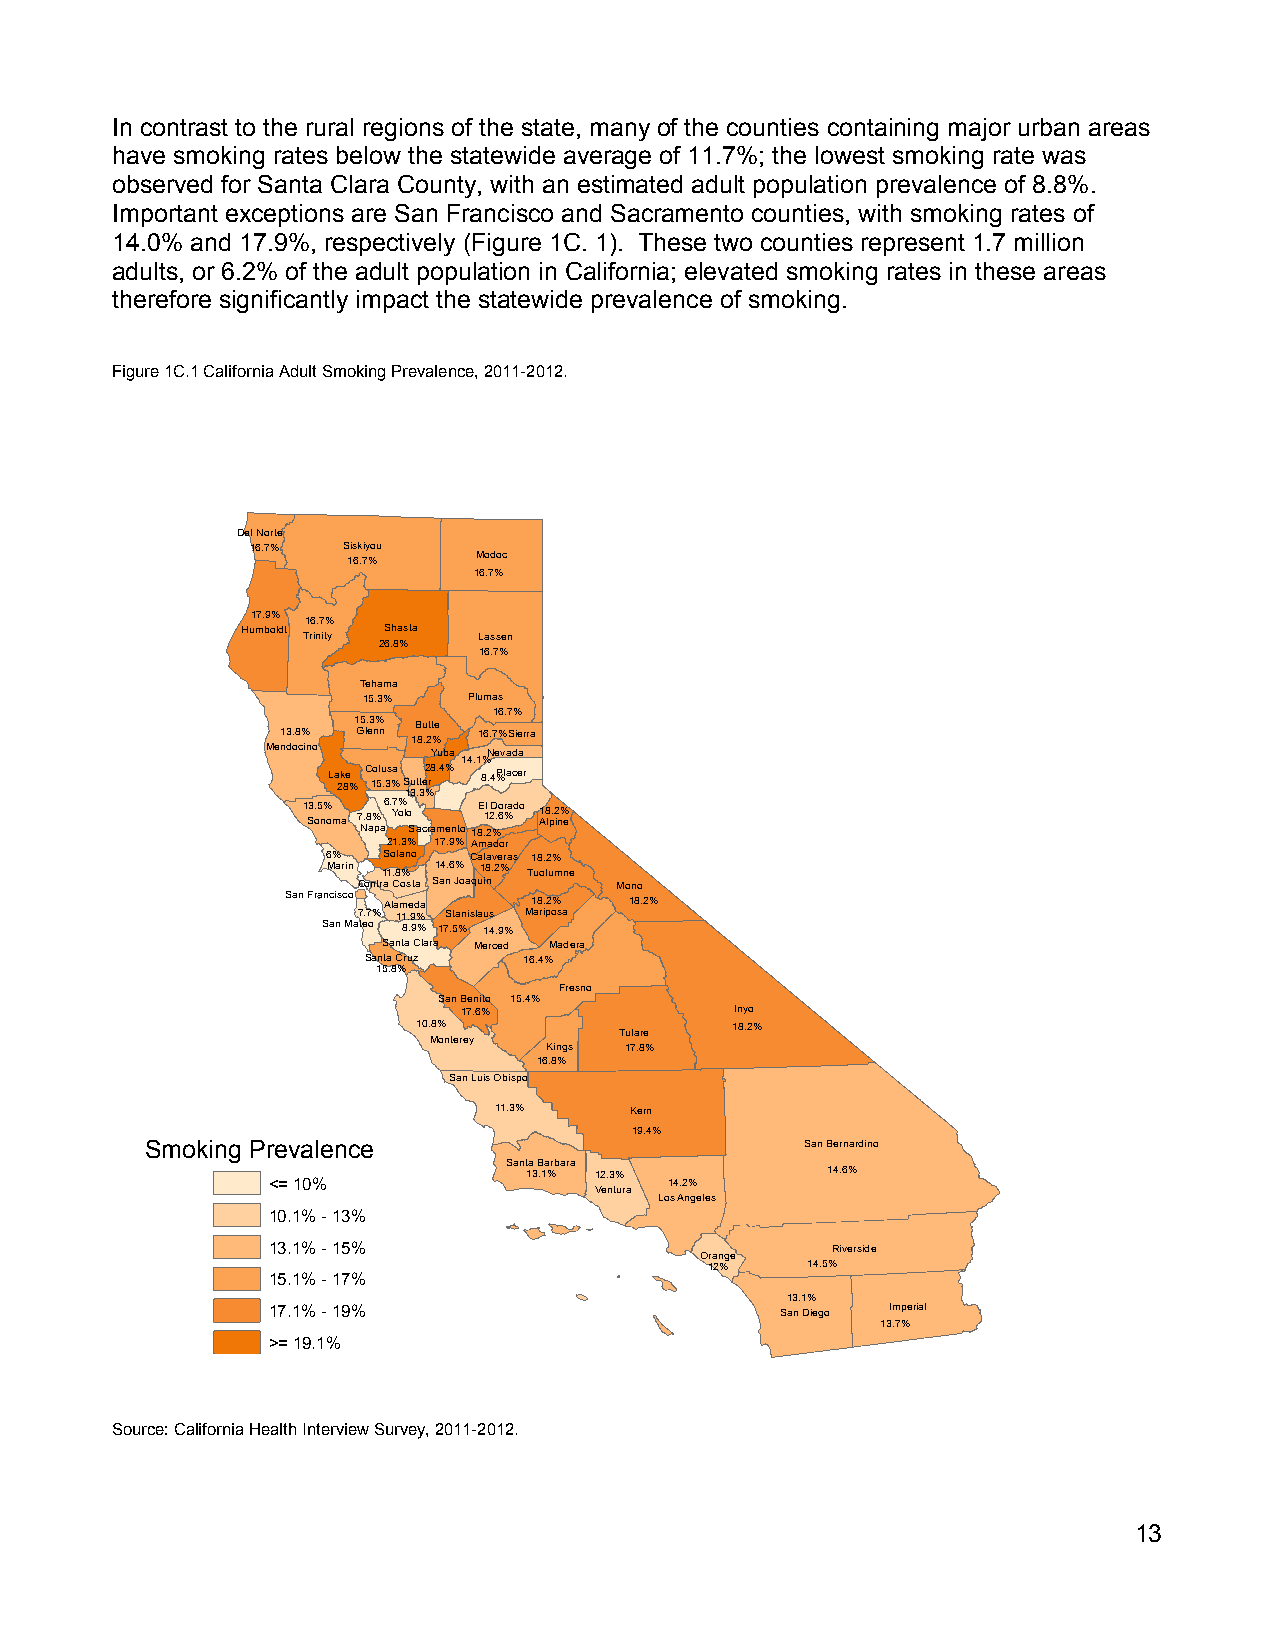
In contrast to the rural regions of the state, many of the counties containing major urban areas
 have smoking rates below the statewide average of 11.7%; the lowest smoking rate was
 observed for Santa Clara County, with an estimated adult population prevalence of 8.8%.
 Important exceptions are San Francisco and Sacramento counties, with smoking rates of
 14.0% and 17.9%, respectively (Figure 1C. 1). These two counties represent 1.7 million
 adults, or 6.2% of the adult population in California; elevated smoking rates in these areas
 therefore significantly impact the statewide prevalence of smoking.
 Figure 1C.1 California Adult Smoking Prevalence, 2011-2012.
 Del Norte
 16.7% Siskiyou
 16.7%   Modoc
 16.7%
 17.9% 16.7%
 Humboldt Trinity Shasta Lassen
 26.8%
 16.7%
 Tehama
 15.3%  Plumas
 16.7%
 15.3% Butte
 13.8% Glenn 18.2% 16.7%Sierra
 Mendocino  Yuba Nevada
 14.1%
 La 2k 8e
 %
 C 1o 5lu .3s %a
 S 1u 3t .t
 3e2 %r8.4% 8.4%Placer
 1 S3 o.5 n% oma 7 N.8 a% pa6. Y7 o% lo Sacramento18E .1l
 2
 2D %.o 6r %ado A18 lp.2 in% e
 21.3% 17.9% Amador
 6% Solano Calaveras 18.2%
 Marin 11.8% 14.6% 18.2% Tuolumne
 Contra Costa San Joaquin Mono
 San Francisco Alameda 18.2% 18.2%
 7.7% 11.9% Stanislaus Mariposa
 San Mateo 8.9% 17.5% 14.9%
 Santa Clara Merced Madera
 Santa Cruz 16.4%
 15.8%
 Fresno
 San Benito 15.4%
 17.6%             Inyo
 10.8%        Tulare 18.2%
 Monterey
 Kings 17.8%
 16.8%
 San Luis Obispo
 11.3%    Kern
 19.4%
 Smoking Prevalence                         San Bernardino
 Santa Barbara
 <= 10%           13.1% 12.3% 14.2%   14.6%
 Ventura
 Los Angeles
 10.1% - 13%
 13.1% - 15%                          Riverside
 Orange
 12%   14.5%
 15.1% - 17%
 13.1%
 17.1% - 19%                       San Diego Imperial
 13.7%
 >= 19.1%
 Source: California Health Interview Survey, 2011-2012.
 13